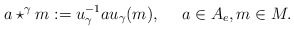
\begin{align*}a\star^{\gamma} m:=u_{\gamma}^{-1}au_{\gamma}(m),\ \ \ \ a\in A_e, m\in M.\end{align*}